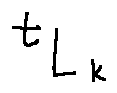
t _ { L _ { k } }